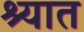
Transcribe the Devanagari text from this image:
श्यात